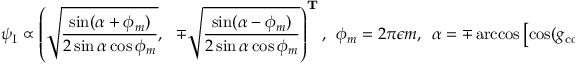
\psi _ { \mathrm { I } } \propto \left( \sqrt { \frac { \sin ( \alpha + \phi _ { m } ) } { 2 \sin \alpha \cos \phi _ { m } } } , \ \ \mp \sqrt { \frac { \sin ( \alpha - \phi _ { m } ) } { 2 \sin \alpha \cos \phi _ { m } } } \right) ^ { \mathbf { T } } , \ \ \phi _ { m } = 2 \pi \epsilon m , \ \ \alpha = \mp \operatorname { a r c c o s } \left[ \cos ( g _ { \mathrm { c o } } L _ { \mathrm { c o } } ) \cos \phi _ { m } \right]